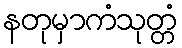
နတုမှာကံသုတ္တံ